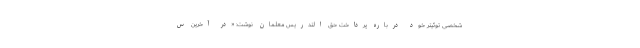
شخصی توئیتر خود درباره پرداخت حق التدریس معلمان نوشت: «در آخرین س